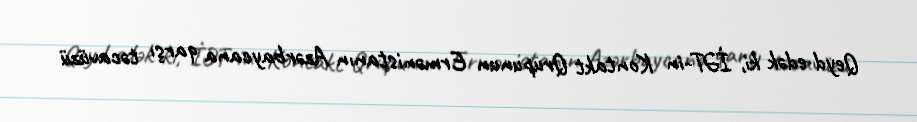
Qeyd edək ki, İƏT-in Kontakt Qrupunun Ermənistanın Azərbaycana qarşı təcavüzü